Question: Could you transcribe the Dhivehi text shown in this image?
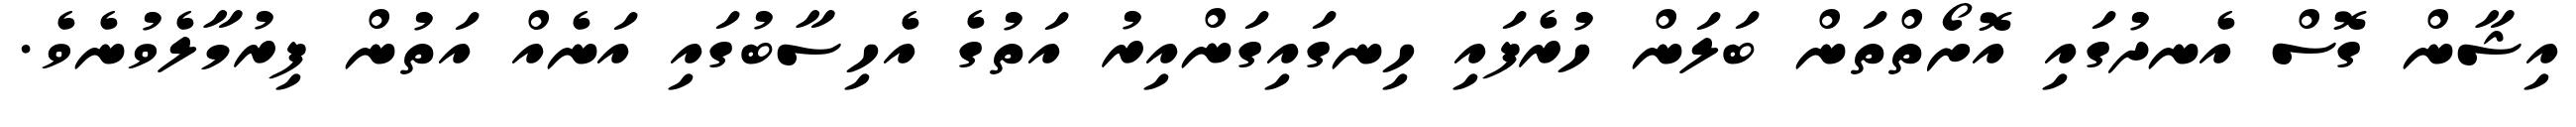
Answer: އިޝާން ގޮސް އެނދުގައި އޮށޯތްތަން ބަލަން ހުރެފައި ހިނގައިގަންއިރު އަތުގެ އެހިސާބުގައި އަނެއް އަތުން ފިރުމާލެވުނެވެ.